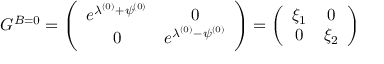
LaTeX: G ^ { B = 0 } = \left( \begin{array} { c c } { { e ^ { \lambda ^ { ( 0 ) } + \psi ^ { ( 0 ) } } } } & { { 0 } } \\ { { 0 } } & { { e ^ { \lambda ^ { ( 0 ) } - \psi ^ { ( 0 ) } } } } \end{array} \right) = \left( \begin{array} { c c } { { \xi _ { 1 } } } & { { 0 } } \\ { { 0 } } & { { \xi _ { 2 } } } \end{array} \right)